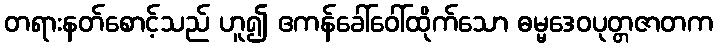
တရားနတ်စောင့်သည် ဟူ၍ ဧကန်ခေါ်ဝေါ်ထိုက်သော ဓမ္မဒေဝပုတ္တဇာတက